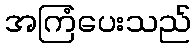
အကြံပေးသည်